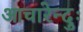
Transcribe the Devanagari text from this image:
आचारेन्दुः